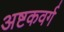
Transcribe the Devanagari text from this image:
अष्टकवर्ग